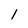
Character: 1